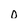
Character: o